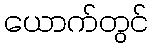
ယောက်တွင်